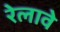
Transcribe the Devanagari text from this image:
रेलावे